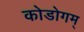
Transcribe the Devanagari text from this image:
कोडोगम्